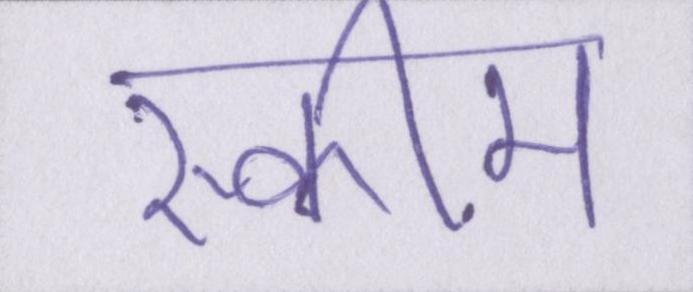
स्कीम